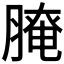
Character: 𦞴